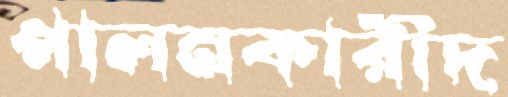
পালনকারীদ